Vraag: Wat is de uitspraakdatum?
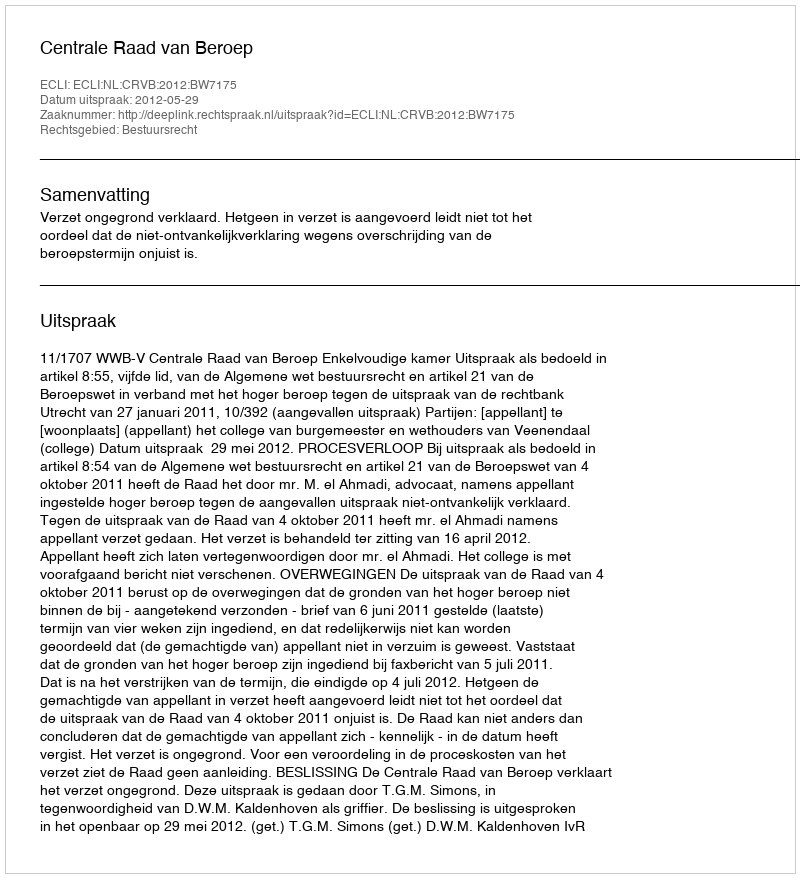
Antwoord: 2012-05-29